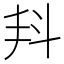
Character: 𣁮